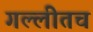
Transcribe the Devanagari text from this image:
गल्लीतच